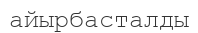
айырбасталды